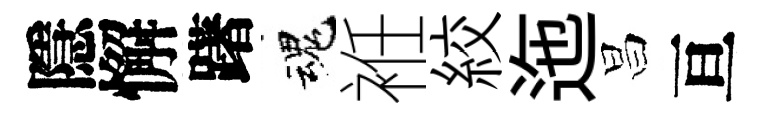
隱懈躇魂袵絞迤昌亘